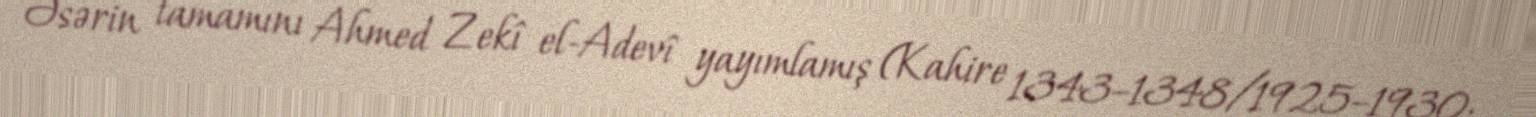
Əsərin tamamını Ahmed Zekî el-Adevî yayımlamış (Kahire 1343–1348/1925–1930;